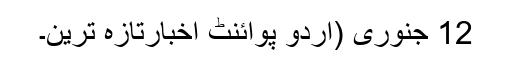
12 جنوری (اُردو پوائنٹ اخبارتازہ ترین۔